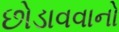
છોડાવવાનો